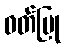
ဝတ်ပြု